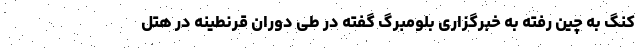
کنگ به چین رفته به خبرگزاری بلومبرگ گفته در طی دوران قرنطینه در هتل